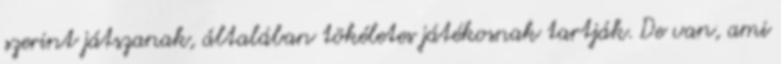
szerint játszanak, általában tökéletes játékosnak tartják. De van, ami